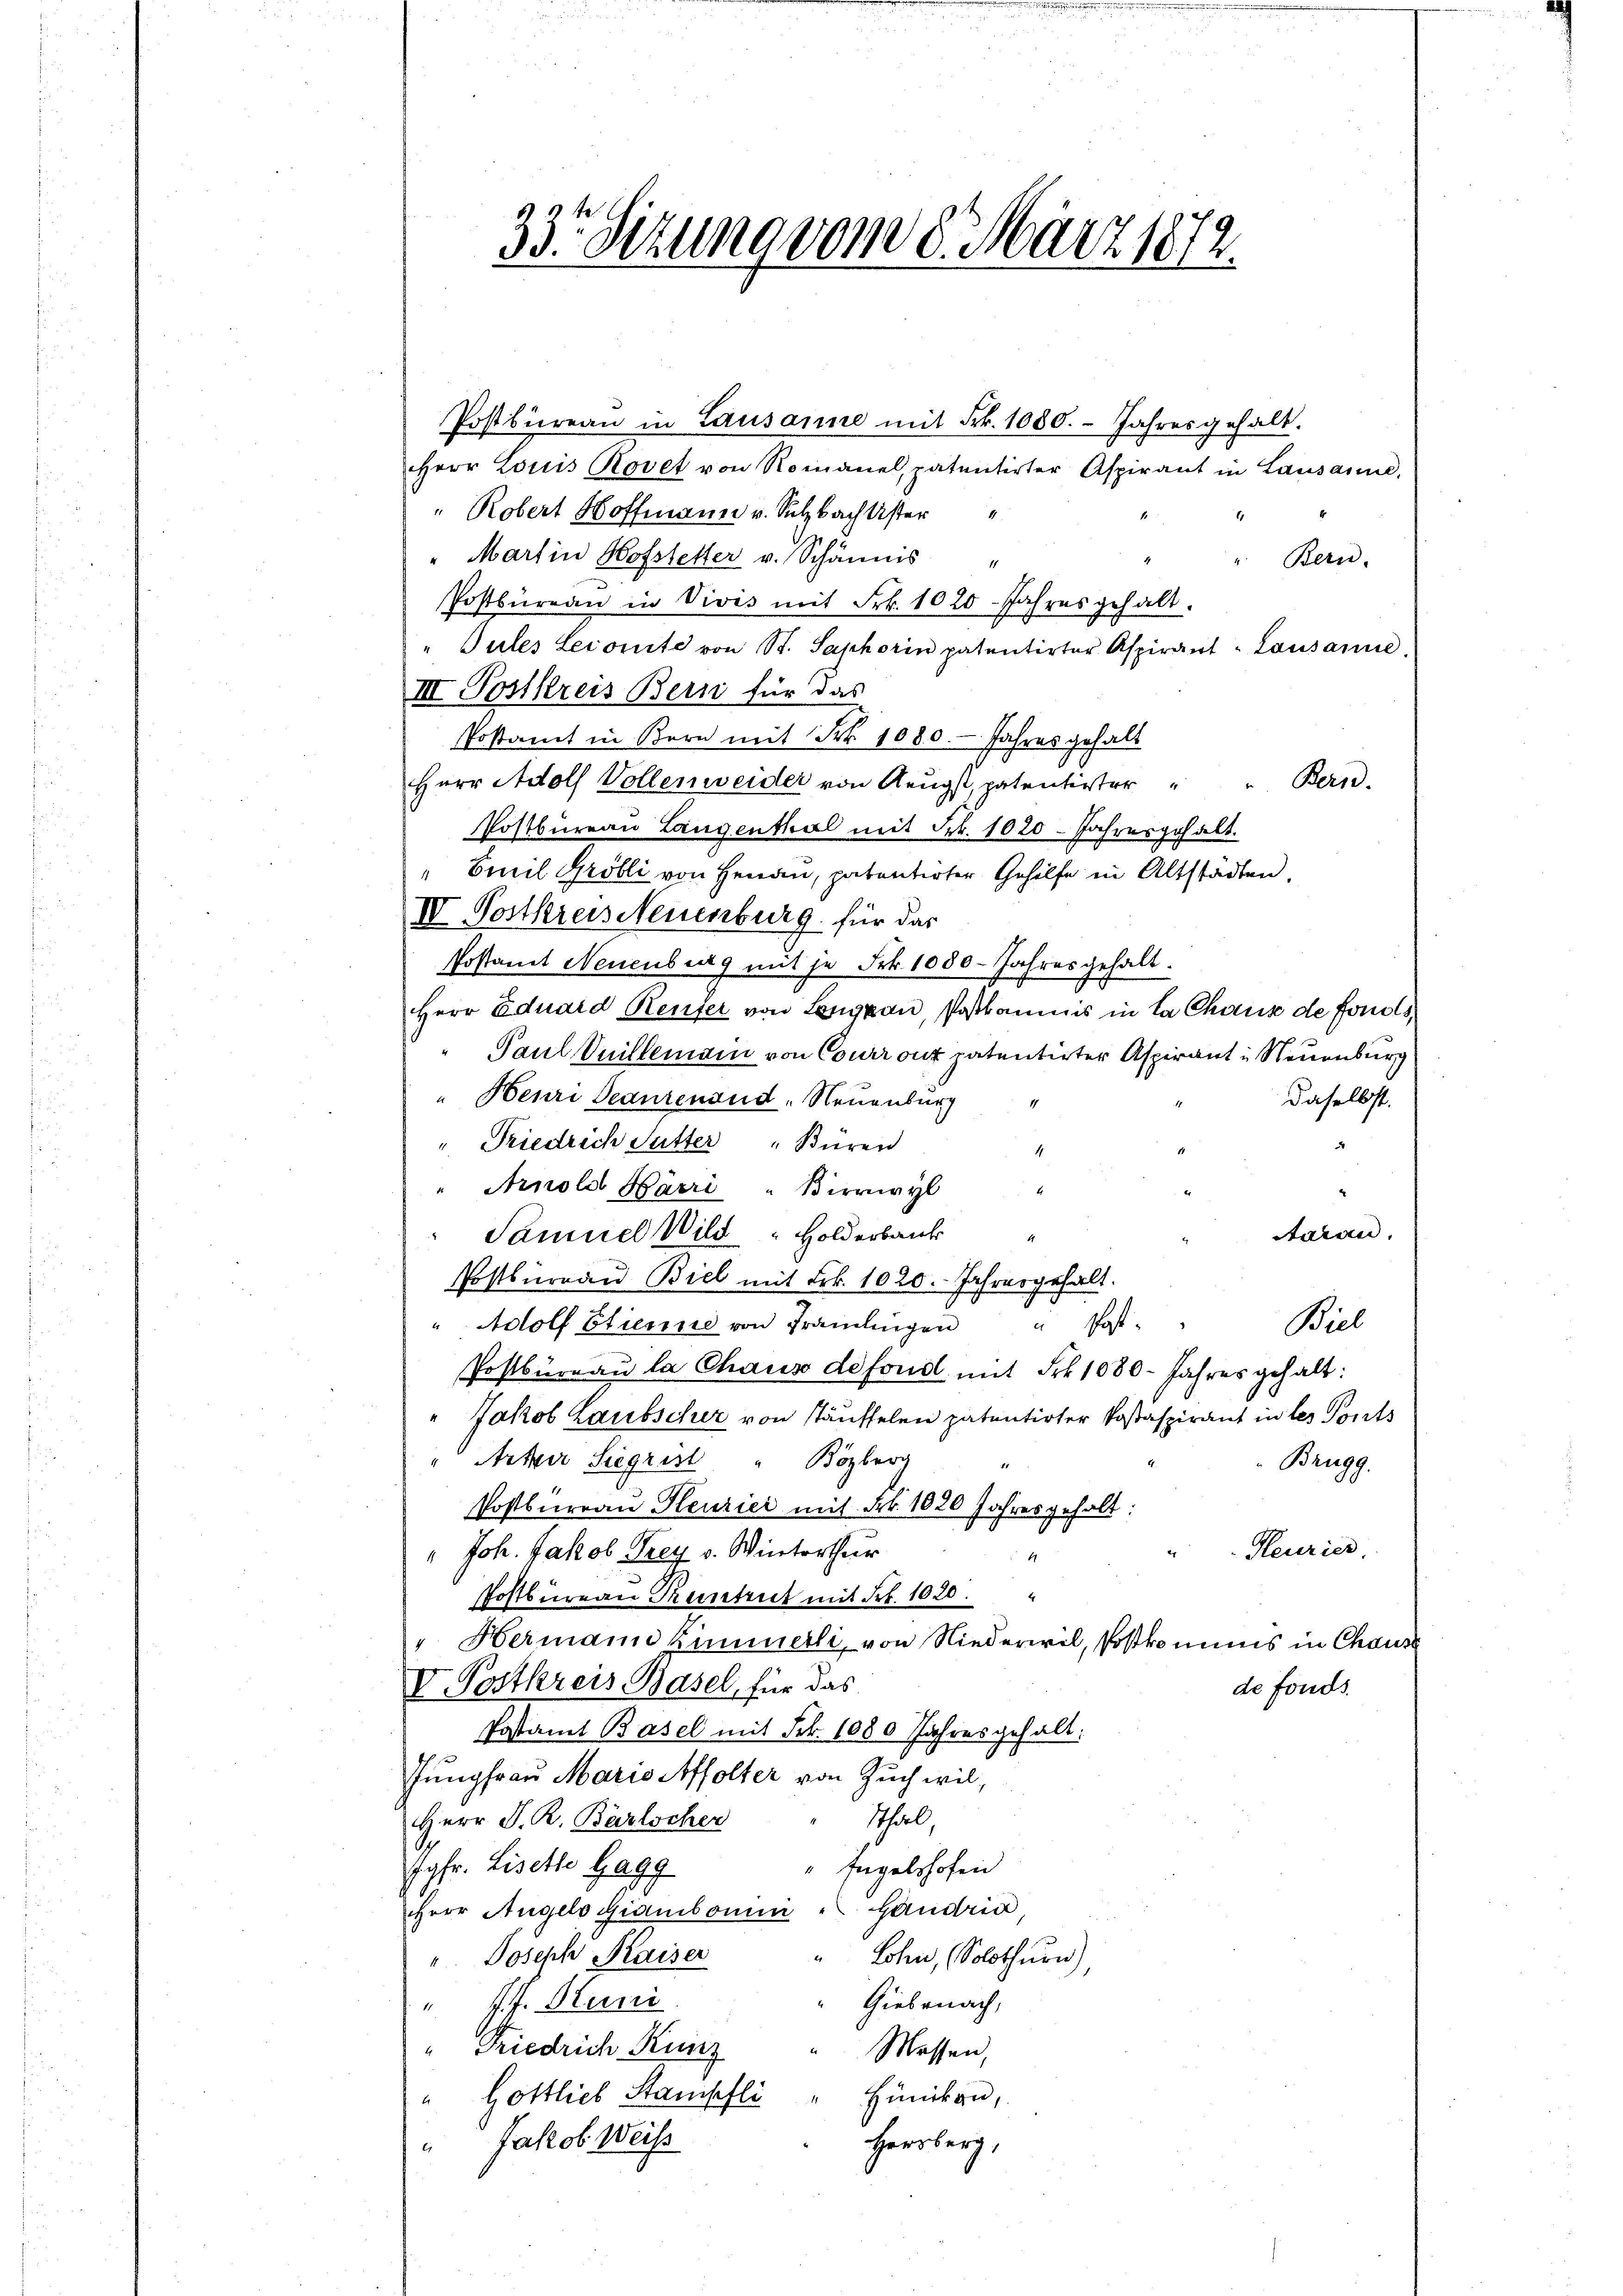
33t Sitzung vom 8. März 1872.

Postbüreau in Lausanne mit Frk. 1080. Jahresgehalt.
Herr Louis Rovet von Romanel, patentirter Aspirant in Lausanne,
" Robert Hoffmann v. Sulzbach Uster
"Martin Hofstetter v. Schännis"
Bern.
Postbureau in Vivis mit Frk. 1020 Jahres gehalt.
Pules Lecomite von St. Saphorin patentirter Aspirant - Lausanne
III Postkreis Bern für das
Postamt in Bern mit Frk. 1080. Jahres gehalt
Herr Adolf Vollenweider von Aeŭgst, patentirter " " Bern.
Postbureau Langenthal mit Frk. 1020 - Jahresgehalt.
" Emil Gröbli von Heran, patentirter Gehilfe in Altstadten,
IV. Postkreis Neuenburg für das
Postamt Neuenburg mit je Frk. 1080 Jahres gehalt.
Herr Eduard Reufer von Langnau, Postkaunis in La Chaus de fonds,
Paul Vuillemann von Courront patentirter Aspirant in Neuenburg
"Henri Peaurenoud, Neuenburg
daselbst.
" Friedrich Sutter "Buren
d
" Arnold Härri " Birrwyl
Aarau
Samuel Wild  Holderbank
Postbureau Biel mit Frk. 1020. Jahresgehalt.
Biel
Adolf Etienne von Fraulingen Post-
Postbüreau la Chaus de fond mit Frk. 1080. Jahres gehalt:
Jakob Laubscher von stäuffelen patentirter Postaspirant in les Ponts
Artner Siegrist " Bözberg "
Brugg.
Postbureau Heuzicei mit Frk. 1820 Jahres gehalt:
Feurier
" Joh. Jakob Frey v. Winterthur
Postbureau Kuntrut mit Frk. 1020.
" Hermann Zimmerli, von Niederwil, Postkommnis in Chaus
V. Postkreis Basel, für das
de fonds.
Postamt Basel mit Frk. 1080 Jahres gehalt:
Jungfrau Maris Affolter von Zuch wil,
Thal
Herr P. R. Bärlscher
Jgfr. Liselle Gagg
Engelshofen
Herr Angelo Giambonini . Handrin
" Lohn, Solothurn)
" Joseph Kaiser
Giebenach,
" J. J. Stuni
" Friedrich Kunz
Messen,
" Gottlieb Stampfli " Hünikon,
Herzberg,
" Jakob Weiss